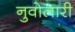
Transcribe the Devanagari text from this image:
नुवोलारी